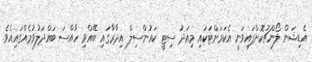
އެޑިޝަން ލޯންޗުކޮށްފައިވަނީ އެކަމަށްޓަކައި މިއަދު ސިޓީ ކައުންސިލް އިދާރާގައި ބޭއްވި ހާއްސަ ބައްދަލުވުމެއްގައިއެވެ.